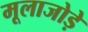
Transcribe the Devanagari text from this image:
मूलाजोड़े